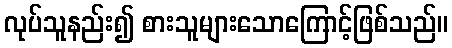
လုပ်သူနည်း၍ စားသူများသောကြောင့်ဖြစ်သည်။